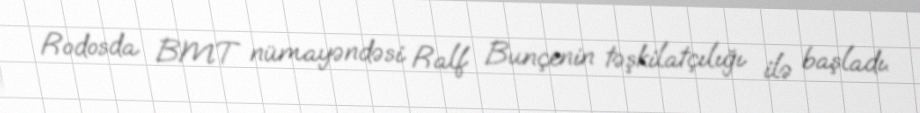
Rodosda BMT nümayəndəsi Ralf Bunçenin təşkilatçılığı ilə başladı.